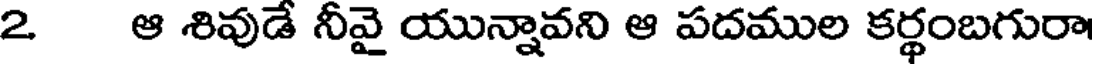
2 ఆ శివుడే నీవై యున్నావని ఆ పదముల కర్థంబగురా